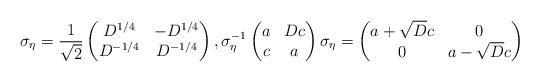
LaTeX: \begin{align*} \sigma_\eta= \frac{1}{\sqrt{2}}\begin{pmatrix} D^{1/4} & -D^{1/4} \\ D^{-1/4} & D^{-1/4} \end{pmatrix}, \sigma_\eta^{-1} \begin{pmatrix} a & Dc \\ c & a \end{pmatrix} \sigma_\eta = \begin{pmatrix} a+\sqrt{D} c & 0 \\ 0 & a-\sqrt{D} c \end{pmatrix}\end{align*}